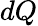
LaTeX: dQ